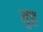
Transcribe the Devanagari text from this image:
तुह